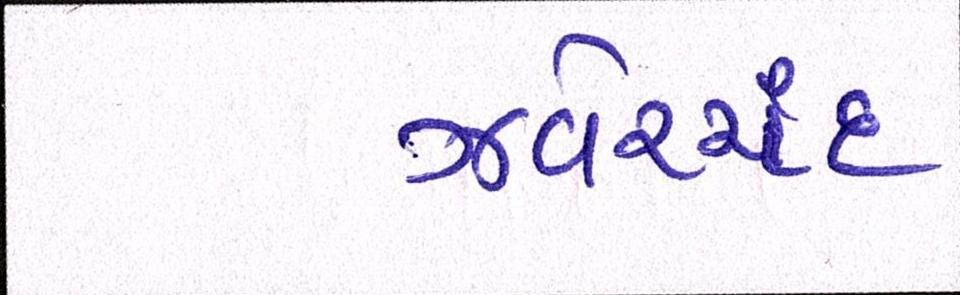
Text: ઝવેરચંદ